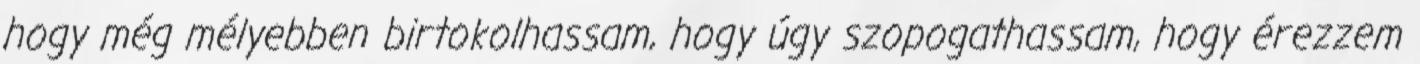
hogy még mélyebben birtokolhassam, hogy úgy szopogathassam, hogy érezzem